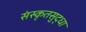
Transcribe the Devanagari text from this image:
संस्कृतसुद्धा